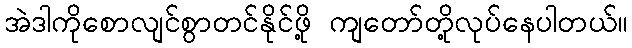
အဲဒါကိုစောလျင်စွာတင်နိုင်ဖို့ ကျတော်တို့လုပ်နေပါတယ်။